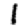
Digit: 1